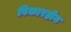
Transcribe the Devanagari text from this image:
विकारहीन